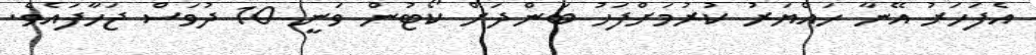
އެފަހަރު އޭނާ ހައްޔަރު ކުރުމަށްފަހު ބަންދަށް ކޯޓުން ވަނީ 10 ދުވަސް ޖަހާފައެވެ.